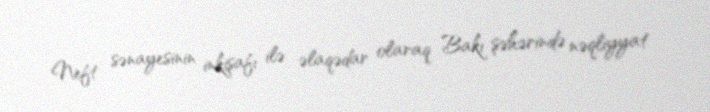
Neft sənayesinin inkişafı ilə əlaqədar olaraq Bakı şəhərində nəqliyyat